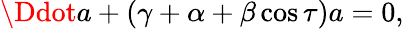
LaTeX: \Ddot{a}+\left(\gamma+\alpha+\beta\cos{\tau}\right)a=0,